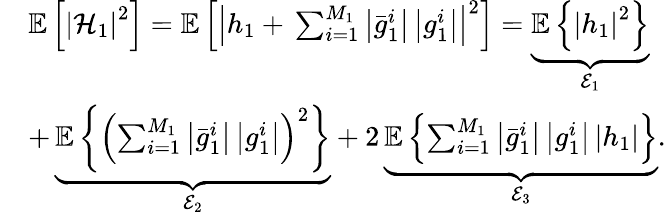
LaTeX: \begin{array}{rl}&{\mathbb{E}\left[\left|\mathcal{H}_{1}\right|^{2}\right]=\mathbb{E}\left[\left|h_{1}+\, \sum_{i=1}^{M_{1}}\left|\bar{g}_{1}^{i}\right|\left|g_{1}^{i}\right|\right|^{2}\right]=\underbrace{\mathbb{E}\left\{ {\left|h_{1}\right|^{2}}\right\} }_{\mathcal{E}_{1}}}\\ &{+\, \underbrace{\mathbb{E}\left\{ {\left(\sum_{i=1}^{M_{1}}\left|\bar{g}_{1}^{i}\right|\left|g_{1}^{i}\right|\right)^{2}}\right\} }_{\mathcal{E}_{2}}+2\, \underbrace{\mathbb{E}\left\{ {\sum_{i=1}^{M_{1}}\left|\bar{g}_{1}^{i}\right|\left|g_{1}^{i}\right|\left|h_{1}\right|}\right\} }_{\mathcal{E}_{3}}.}\end{array}